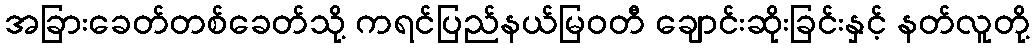
အခြားခေတ်တစ်ခေတ်သို့ ကရင်ပြည်နယ်မြဝတီ ချောင်းဆိုးခြင်းနှင့် နတ်လူတို့